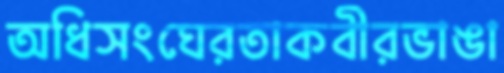
অধিসংঘেরতাকবীরভাঙা